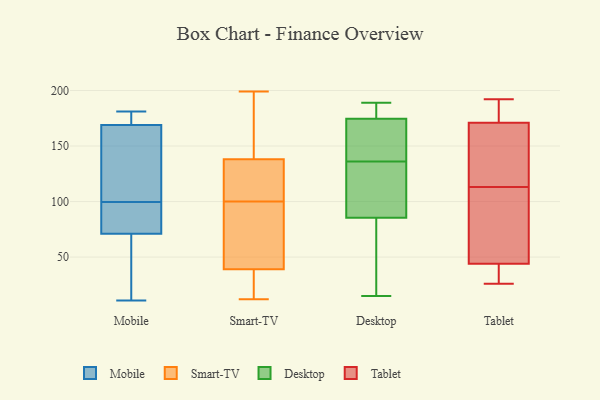
{"axis": {"x": "Budget (USD K)", "y": "Value"}, "legend": ["Desktop", "Mobile", "Smart-TV", "Tablet"], "data": [{"x": "", "y": 181, "type": "Mobile"}, {"x": "", "y": 169, "type": "Mobile"}, {"x": "", "y": 102, "type": "Mobile"}, {"x": "", "y": 173, "type": "Mobile"}, {"x": "", "y": 153, "type": "Mobile"}, {"x": "", "y": 117, "type": "Mobile"}, {"x": "", "y": 23, "type": "Mobile"}, {"x": "", "y": 37, "type": "Mobile"}, {"x": "", "y": 97, "type": "Mobile"}, {"x": "", "y": 71, "type": "Mobile"}, {"x": "", "y": 92, "type": "Mobile"}, {"x": "", "y": 11, "type": "Mobile"}, {"x": "", "y": 170, "type": "Mobile"}, {"x": "", "y": 73, "type": "Mobile"}, {"x": "", "y": 169, "type": "Smart-TV"}, {"x": "", "y": 20, "type": "Smart-TV"}, {"x": "", "y": 20, "type": "Smart-TV"}, {"x": "", "y": 58, "type": "Smart-TV"}, {"x": "", "y": 12, "type": "Smart-TV"}, {"x": "", "y": 18, "type": "Smart-TV"}, {"x": "", "y": 182, "type": "Smart-TV"}, {"x": "", "y": 102, "type": "Smart-TV"}, {"x": "", "y": 84, "type": "Smart-TV"}, {"x": "", "y": 147, "type": "Smart-TV"}, {"x": "", "y": 199, "type": "Smart-TV"}, {"x": "", "y": 79, "type": "Smart-TV"}, {"x": "", "y": 125, "type": "Smart-TV"}, {"x": "", "y": 98, "type": "Smart-TV"}, {"x": "", "y": 110, "type": "Smart-TV"}, {"x": "", "y": 129, "type": "Smart-TV"}, {"x": "", "y": 29, "type": "Desktop"}, {"x": "", "y": 70, "type": "Desktop"}, {"x": "", "y": 152, "type": "Desktop"}, {"x": "", "y": 107, "type": "Desktop"}, {"x": "", "y": 144, "type": "Desktop"}, {"x": "", "y": 79, "type": "Desktop"}, {"x": "", "y": 120, "type": "Desktop"}, {"x": "", "y": 169, "type": "Desktop"}, {"x": "", "y": 188, "type": "Desktop"}, {"x": "", "y": 138, "type": "Desktop"}, {"x": "", "y": 184, "type": "Desktop"}, {"x": "", "y": 92, "type": "Desktop"}, {"x": "", "y": 104, "type": "Desktop"}, {"x": "", "y": 166, "type": "Desktop"}, {"x": "", "y": 180, "type": "Desktop"}, {"x": "", "y": 15, "type": "Desktop"}, {"x": "", "y": 134, "type": "Desktop"}, {"x": "", "y": 189, "type": "Desktop"}, {"x": "", "y": 183, "type": "Desktop"}, {"x": "", "y": 56, "type": "Desktop"}, {"x": "", "y": 151, "type": "Tablet"}, {"x": "", "y": 130, "type": "Tablet"}, {"x": "", "y": 190, "type": "Tablet"}, {"x": "", "y": 44, "type": "Tablet"}, {"x": "", "y": 39, "type": "Tablet"}, {"x": "", "y": 26, "type": "Tablet"}, {"x": "", "y": 75, "type": "Tablet"}, {"x": "", "y": 38, "type": "Tablet"}, {"x": "", "y": 189, "type": "Tablet"}, {"x": "", "y": 192, "type": "Tablet"}, {"x": "", "y": 115, "type": "Tablet"}, {"x": "", "y": 171, "type": "Tablet"}, {"x": "", "y": 171, "type": "Tablet"}, {"x": "", "y": 114, "type": "Tablet"}, {"x": "", "y": 40, "type": "Tablet"}, {"x": "", "y": 68, "type": "Tablet"}, {"x": "", "y": 112, "type": "Tablet"}, {"x": "", "y": 90, "type": "Tablet"}]}